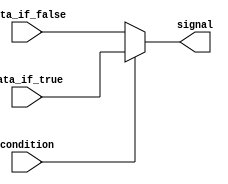
module conditional_assign(
    input condition,
    input data_if_true,
    input data_if_false,
    output reg signal
);

always @(condition) begin
    if(condition) begin
        signal <= data_if_true;
    end else begin
        signal <= data_if_false;
    end
end

endmodule